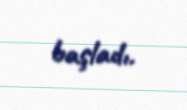
başladı.